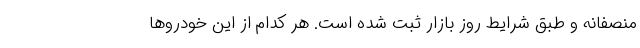
منصفانه و طبق شرایط روز بازار ثبت شده است. هر کدام از این خودروها